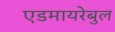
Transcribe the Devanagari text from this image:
एडमायरेबुल